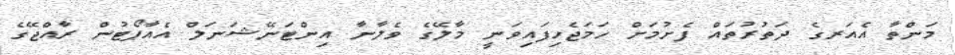
މަންތާ އެއަރގެ ދަތުރުތައް ފެށުމަށް ހަމަޖެހިފައިވަނީ މާލޭގެ ވެލާނާ އިންޓަނޭޝަނަލް އެއާޕޯޓުން ރާއްޖޭގެ